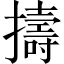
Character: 擣